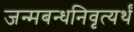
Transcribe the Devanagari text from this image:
जन्मबन्धनिवृत्यर्थं